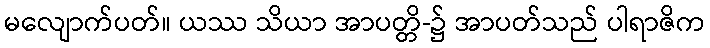
မလျောက်ပတ်။ ယဿ သိယာ အာပတ္တိ-၌ အာပတ်သည် ပါရာဇိက